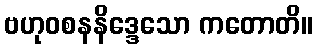
ဗဟုဝစနနိဒ္ဒေသော ကတောတိ။